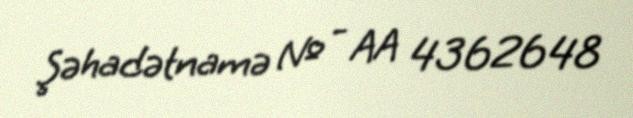
Şəhadətnamə № - AA 4362648